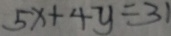
5 x + 4 y = 3 1